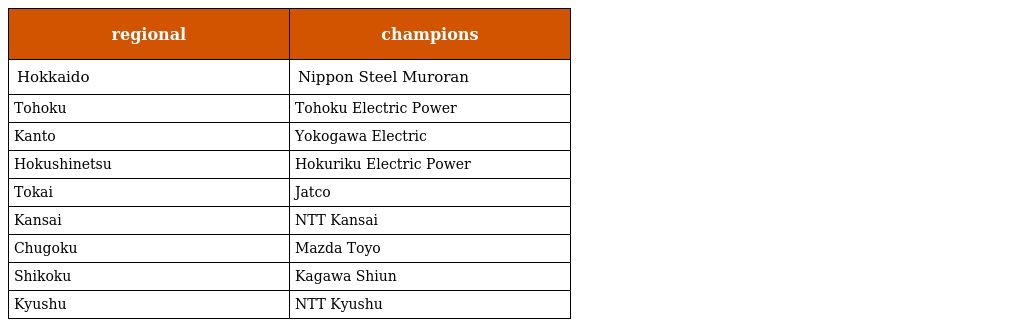
| regional | champions |
 | --- | --- |
 | Hokkaido | Nippon Steel Muroran |
 | Tohoku | Tohoku Electric Power |
 | Kanto | Yokogawa Electric |
 | Hokushinetsu | Hokuriku Electric Power |
 | Tokai | Jatco |
 | Kansai | NTT Kansai |
 | Chugoku | Mazda Toyo |
 | Shikoku | Kagawa Shiun |
 | Kyushu | NTT Kyushu |